Report on vaccination in Madras 1877-1894 - 1877-1894
Year: 1877
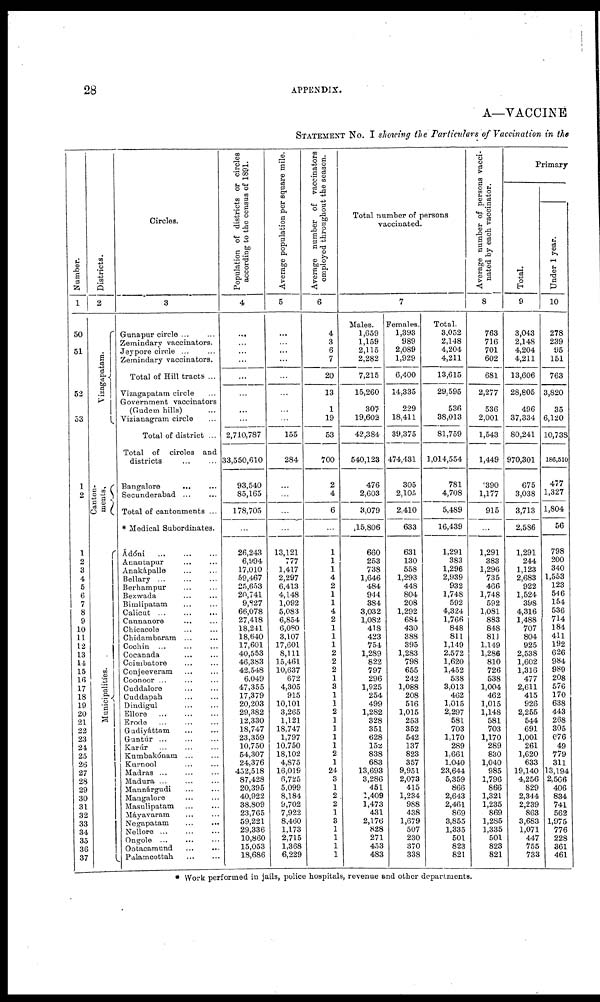
28
APPENDIX.
A—VACCINE
STATEMENT No. I showing the Particulars of Vaccination in the
Number.
1
50
51
52
53
1
2
1
2
3
4
5
6
7
8
9
10
11
12
13
14
15
16
17
18
19
20
21
22
23
24
25
26
27
28
29
30
31
32
33
34
35
36
37
Districts.
2
Vizagapatam.
Canton-
ments.
Municipalities.
Circles.
3
Gunapur circle ... ...
Zemindary vaccinators.
Jeypore circle ... ...
Zemindary vaccinators.
Total of Hill tracts ...
Vizagapatam circle ...
Government vaccinators
(Gudeim hills) ...
Vizianagram circle ...
Total of district ...
Total of circles and
districts ... ...
Bangalore
... ...
Secunderabad ... ...
Total of cantonments ...
* Medical Subordinates.
Ádóni ... ... ...
Anantapur ... ...
Anakàpalle ... ...
Bellary ... ... ...
Berhampur ... ...
Bezwada ... ...
Bimlipatam ... ...
Calicut ... ... ...
Cannanore ... ...
Chicacole ... ...
Chidambaram ... ...
Cochin ... ... ...
Cocanada ... ...
Coimbatore ... ...
Conjeeveram ... ...
Coonoor ... ... ...
Cuddalore
...
...
Cuddapah ... ...
Dindigul ... ...
Ellore
...
...
...
Erode
...
...
...
Gudiyáttam ... ...
Guntúr
...
...
...
Karúr
...
...
...
Kumbakónam ... ...
Kurnool ... ...
Madras ... ... ...
Madura ... ... ...
Mannárgudi ... ...
Mangalore ... ...
Masulipatam ... ...
Máyavaram ... ...
Negapatam ... ...
Nellore
...
...
Ongole ... ... ...
Ootacamund ... ...
Palamcottah
...
...
Population of districts or circles
according to the census of 1891.
4
...
...
...
...
...
...
...
...
2,710,787
33,550,610
93,540
85,165
178,705
...
26,243
6,994
17,010
59,467
25,653
20,741
9,827
66,078
27,418
18,241
18,640
17,601
40,553
46,383
42,548
6,049
47,355
17,379
20,203
29,382
12,330
18,747
23,359
10,750
54,307
24,376
452,518
87,428
20,395
40,922
38,809
23,765
59,221
29,336
10,860
15,053
18,686
Average population per square mile.
5
...
...
...
...
...
...
...
...
155
284
...
...
...
...
13,121
777
1,417
2,297
6,413
4,148
1,092
5,083
6,854
6,080
3,107
17,601
8,111
15,461
10,637
672
4,305
915
10,101
3,265
1,121
18,747
1,797
10,750
18,102
4,875
16,019
6,725
5,099
8,184
9,702
7,922
8,460
1,173
2,715
1,368
6,229
Average number of vaccinators
employed throughout the season.
6
4
3
6
7
20
13
1
19
53
700
2
4
6
...
1
1
1
4
2
1
1
4
2
1
1
1
2
2
2
1
3
1
1
2
1
1
1
1
2
1
24
3
1
2
2
1
3
1
1
1
1
Total number of persons
vaccinated.
7
Males.
1,659
1,159
2,115
2,282
7,215
15,260
307
19,602
42,384
540,123
476
2,603
3,079
15,806
660
253
738
1,646
484
944
384
3,032
1,082
418
423
754
1,289
822
797
296
1,925
254
499
1,282
328
351
628
152
838
683
13,693
3,286
451
1,409
1,473
431
2,176
828
271
453
483
Females.
1,393
989
2,089
1,929
6,400
14,335
229
18,411
39,375
474,431
305
2,105
2,410
633
631
130
558
1,293
448
804
208
1,292
684
430
388
395
1,283
798
655
242
1,088
208
516
1,015
253
352
542
137
823
357
9,951
2,073
415
1,234
988
438
1,679
507
230
370
338
Total.
3,052
2,148
4,204
4,211
13,615
29,595
536
38,013
81,759
1,014,554
781
4,708
5,489
16,439
1,291
383
1,296
2,939
932
1,748
592
4,324
1,766
848
811
1,149
2,572
1,620
1,452
538
3,013
462
1,015
2,297
581
703
1,170
289
1,661
1,040
23,644
5,359
866
2,643
2,461
869
3,855
1,335
501
823
821
Average number of persons vacci-
nated by each vaccinator.
8
763
716
701
602
681
2,277
536
2,001
1,543
1,449
390
1,177
915
...
1,291
383
1,296
735
466
1,748
592
1,081
883
848
811
1,149
1,286
810
726
538
1,004
462
1,015
1,148
581
703
1,170
289
830
1,040
985
1,796
866
1,321
1,235
869
1,285
1,335
501
823
821
Primary
Total.
9
3,043
2,148
4,204
4,211
13,606
28,805
496
37,334
80,241
970,301
675
3,038
3,713
2,586
1,291
244
1,123
2,683
922
1,524
398
4,316
1,488
707
804
925
2,538
1,602
1,316
477
2,611
415
926
2,255
544
691
1,001
261
1,620
633
19,140
4,256
829
2,344
2,239
863
3,683
1,071
447
755
733
Under 1 year.
10
278
239
95
151
763
3,820
35
6,120
10,738
186,510
477
1,327
1,804
56
798
200
340
1,553
123
546
154
536
714
184
411
192
626
984
989
208
576
170
638
443
268
305
676
49
779
311
13,194
2,566
406
834
741
562
1,975
776
228
361
461
* Work performed in jails, police hospitals, revenue and other departments.